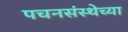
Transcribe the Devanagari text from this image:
पचनसंस्थेच्या